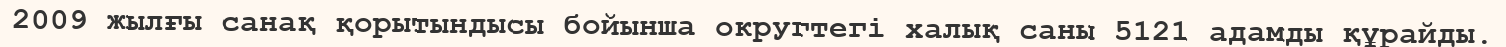
2009 жылғы санақ қорытындысы бойынша округтегі халық саны 5121 адамды құрайды.